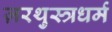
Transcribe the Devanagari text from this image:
ज़रथुस्त्रधर्म